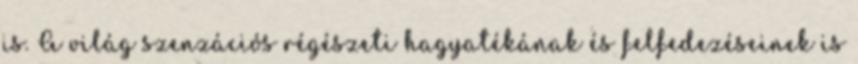
is. A világ szenzációs régészeti hagyatékának és felfedezéseinek is